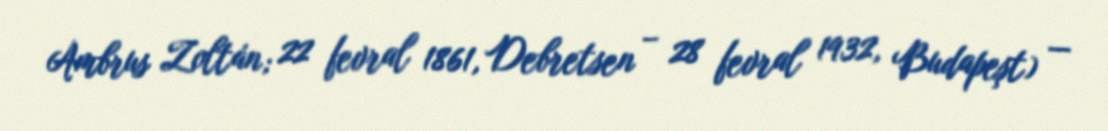
Ambrus Zoltán; 22 fevral 1861, Debretsen – 28 fevral 1932, Budapeşt) —